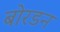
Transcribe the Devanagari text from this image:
बोरडन